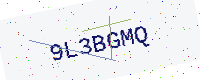
Text: 9L3BGMQ